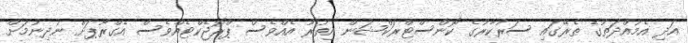
އަދި އެމުއްދަތުގެ ތެރޭގައި ސަރުކާރުގެ ކޮންސްޓްރަކްޝަން އިތުރު އެއްވެސް ޕްރޮޖެކްޓެއްވެސް އެގްރޫޕަށް ނުދިނުމަށް